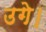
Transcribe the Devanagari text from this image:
उगे।